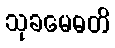
သုခမေဓတိ